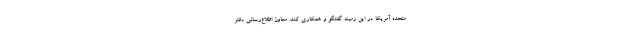
متحده آمریکا در این زمینه گفتگو و همکاری کند. معاون اطلاع‌رسانی دفتر